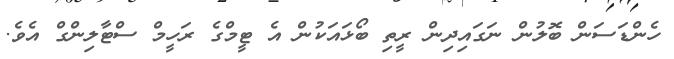
ހެންޑަސަން ބޮލުން ނަގައިދިން ރީތި ބޯޅައަކުން އެ ޓީމްގެ ރަހީމް ސްޓާލިންގް އެވެ.